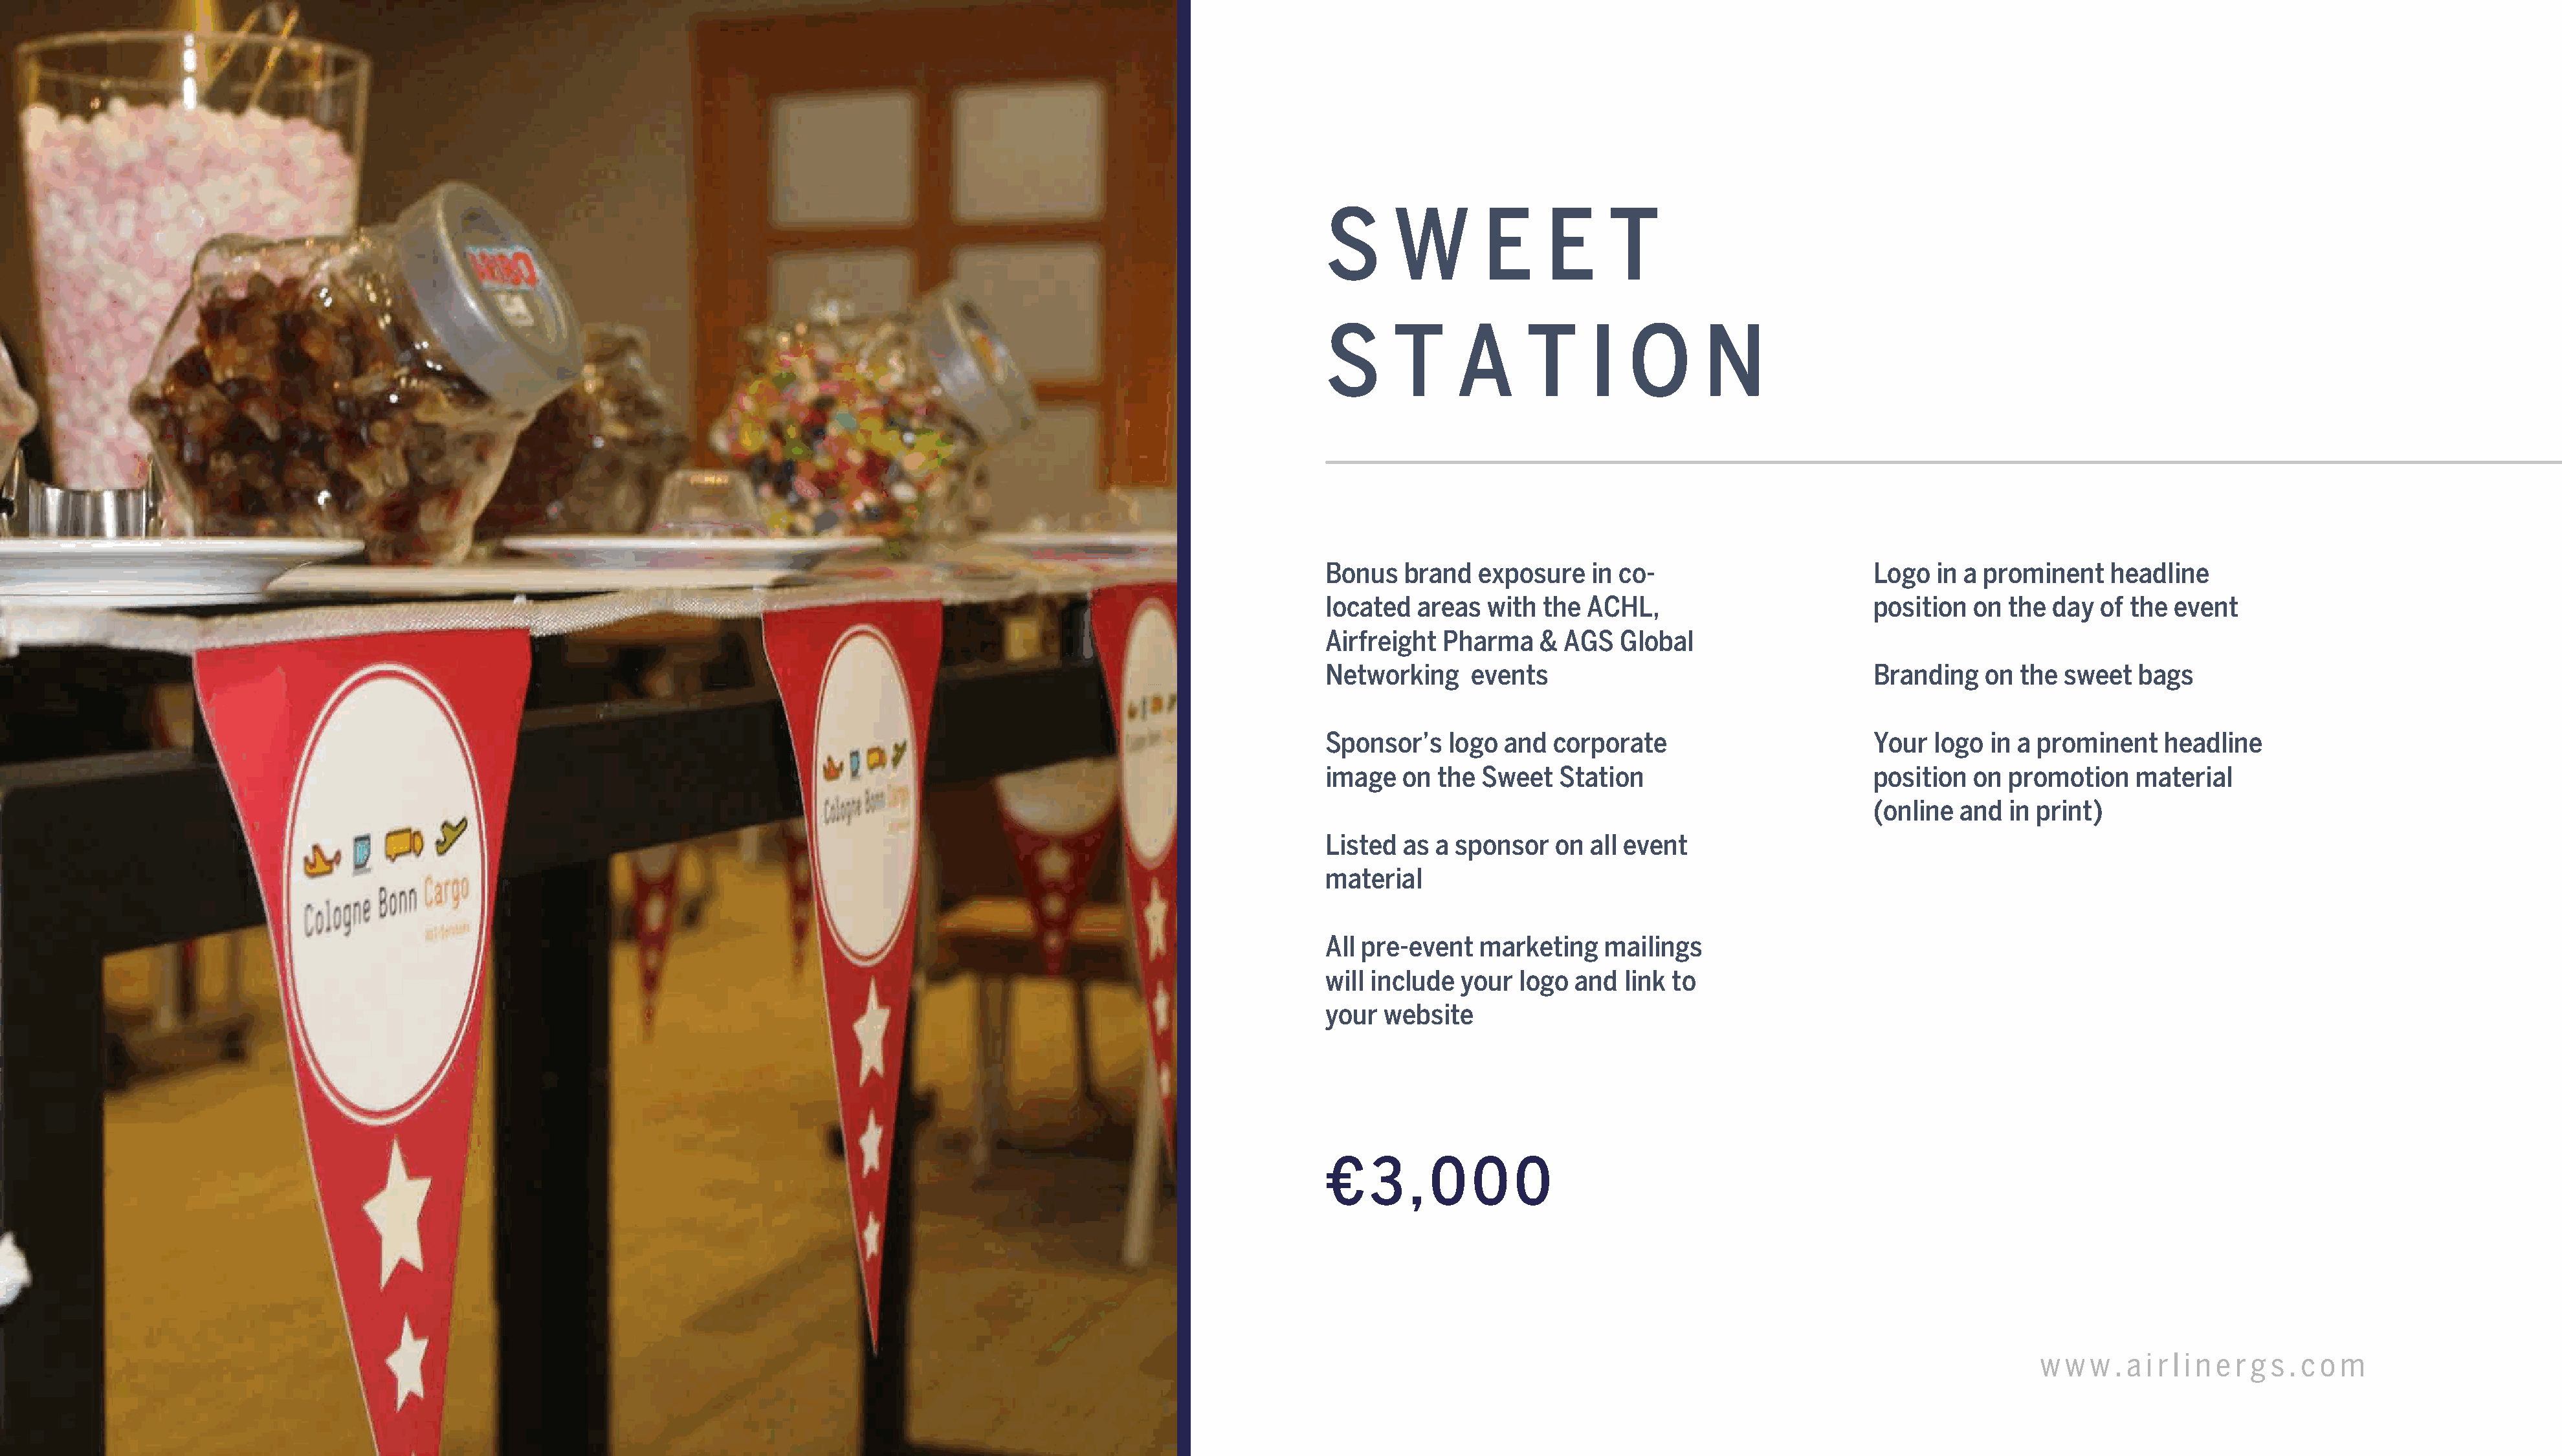
S      W        E     E      T
 S      T     A      T      I   O      N
 Bonus   brand  exposure    in co-                       Logo  in a prominent    headline
 located  areas  with  the ACHL,                         position  on the  day  of the event
 Airfreight  Pharma    & AGS   Global
 Networking     events                                   Branding   on  the sweet   bags
 Sponsor’s   logo  and  corporate                        Your  logo  in a prominent   headline
 image  on  the  Sweet  Station                          position  on promotion    material
 (online and   in print)
 Listed  as a sponsor   on  all event
 material
 All pre-event  marketing    mailings
 will include your  logo  and  link to
 your  website
 €   3   , 0    0   0
 AGS    Global    Networking        Summit      2022                                                                                                                                          w w  w . a i r l i n e r g s . c o m